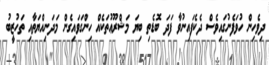
ދިވެހިން ހުވަފެނުގައިވެސް ދެކެފައިނުވާ ފަދަ ބޮޑެތި ބިޔަ މަޝްރޫޢުތަކެއް ހިންގަވައިގެން މަދަނިއްޔަތާއި ތަހުޒީބު